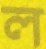
ল